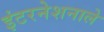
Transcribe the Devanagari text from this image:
इंटरनेशनाले